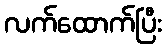
လက်ထောက်ပြီး